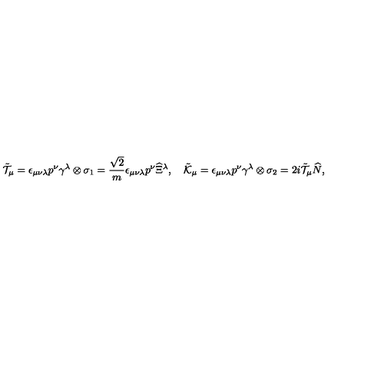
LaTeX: \tilde { \cal T } _ { \mu } = \epsilon _ { \mu \nu \lambda } p ^ { \nu } \gamma ^ { \lambda } \otimes \sigma _ { 1 } = \frac { \sqrt { 2 } } { m } \epsilon _ { \mu \nu \lambda } p ^ { \nu } \widehat { \Xi } { } ^ { \lambda } , \quad \tilde { \cal K } _ { \mu } = \epsilon _ { \mu \nu \lambda } p ^ { \nu } \gamma ^ { \lambda } \otimes \sigma _ { 2 } = 2 i \tilde { \cal T } _ { \mu } \widehat { N } ,